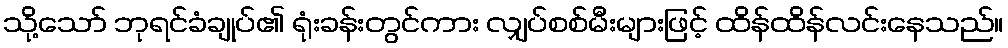
သို့သော် ဘုရင်ခံချုပ်၏ ရုံးခန်းတွင်ကား လျှပ်စစ်မီးများဖြင့် ထိန်ထိန်လင်းနေသည်။